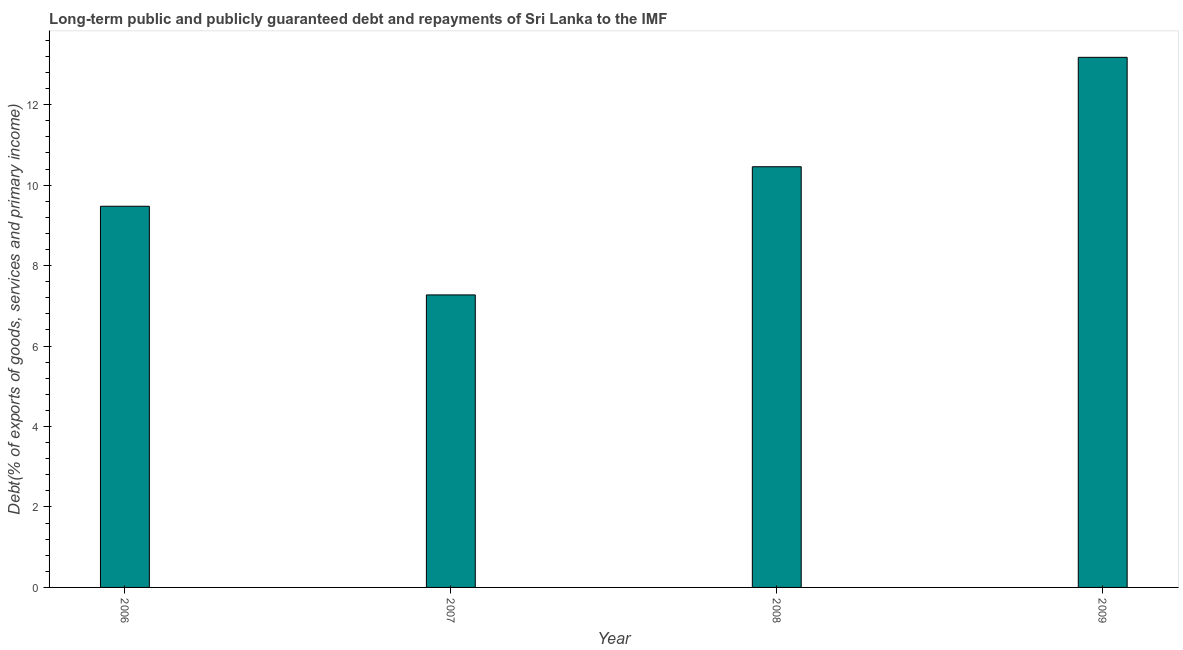
| Year | Debt service (PPG and IMF only) |
 | --- | --- |
 | 2006 | 9.47 |
 | 2007 | 7.27 |
 | 2008 | 10.5 |
 | 2009 | 13.2 |